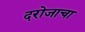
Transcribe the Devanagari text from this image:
दरोजाचा